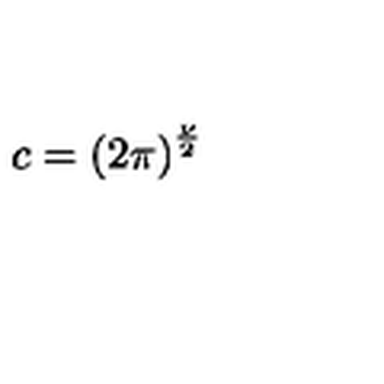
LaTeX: c = { \left( 2 \pi \right) } ^ { \frac { \nu } { 2 } }